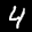
Label: 4